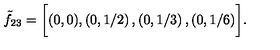
\tilde { f } _ { 2 3 } = \biggl [ ( 0 , 0 ) , \left( 0 , 1 / 2 \right) , \left( 0 , 1 / 3 \right) , \left( 0 , 1 / 6 \right) \biggr ] .